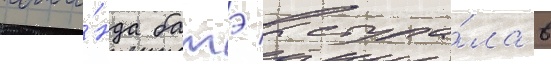
кома́нда батэ выступа́ла в